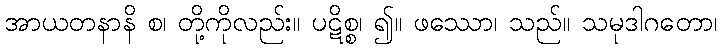
အာယတနာနိ စ၊ တို့ကိုလည်း။ ပဋိစ္စ၊ ၍။ ဖဿော၊ သည်။ သမုဒါဂတော၊